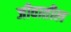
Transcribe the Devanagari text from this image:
जीवातील